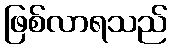
ဖြစ်လာရသည်